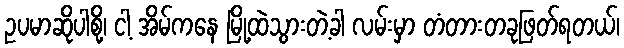
ဥပမာဆိုပါစို့၊ ငါ့ အိမ်ကနေ မြို့ထဲသွားတဲ့ခါ လမ်းမှာ တံတားတခုဖြတ်ရတယ်၊